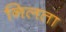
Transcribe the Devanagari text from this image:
निलता